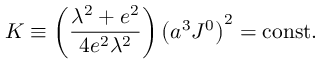
K \equiv \left( { \frac { \lambda ^ { 2 } + e ^ { 2 } } { 4 e ^ { 2 } \lambda ^ { 2 } } } \right) \left( a ^ { 3 } J ^ { 0 } \right) ^ { 2 } = \mathrm { c o n s t . }